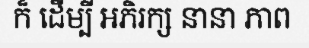
ក៏ ដើម្បី អភិរក្ស នានា ភាព